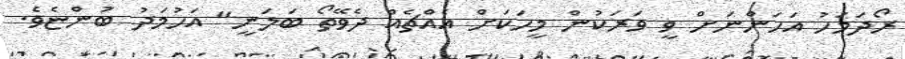
ރޯދަމަހު އަހަންނަށް ވީ ވަރަކުން މީހަކަށް އެއްޗެއް ދެވޭތޯ ބަލަނީ" އަހުމަދު ބުންޏެވެ.